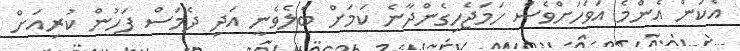
އެކަން އެންމެ އަވަހަށްވެސް ހަމަޖެހިގެންދާނެ ކަމަށް ބެލެވެނީ އަދި ދެމަސް ފަހުން ކުރިއަށް